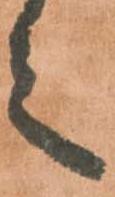
之